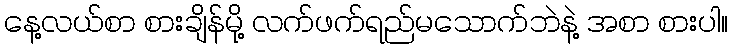
နေ့လယ်စာ စားချိန်မို့ လက်ဖက်ရည်မသောက်ဘဲနဲ့ အစာ စားပါ။